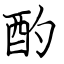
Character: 酌